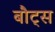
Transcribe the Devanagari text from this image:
बौट्स